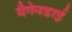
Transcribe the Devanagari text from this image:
मैगेनडाई